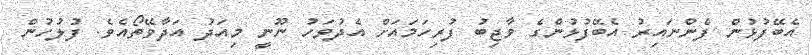
އެބޭފުޅުން ފެންނައިރު އެބޭފުޅުންގެ ވާޖިބު ފުރިހަމައަށް އެދުވަހު ނޫނީ މިއަދު އަދާވޭތޯއެވެ. ފުލުހުން